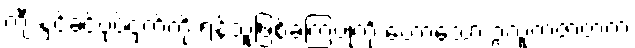
ကျီးနှင့်ခင်ပုပ်ငှက်တို့ ရန်သူဖြစ်ခဲ့ကြပုံကို ဟောသော ဥလူကဇာတက